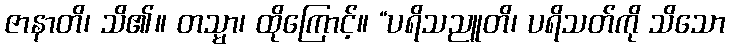
ဇာနာတိ၊ သိ၏။ တသ္မာ၊ ထိုကြောင့်။ “ပရိသညူတိ၊ ပရိသတ်ကို သိသော